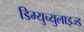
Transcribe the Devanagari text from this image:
डिम्युच्युलाइज्ड